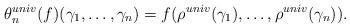
LaTeX: \begin{align*}\theta_n^{univ}(f) (\gamma_1,\dots,\gamma_n) = f(\rho^{univ}(\gamma_1),\dots,\rho^{univ}(\gamma_n)).\end{align*}